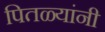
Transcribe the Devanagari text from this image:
पितळ्यांनी